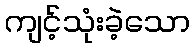
ကျင့်သုံးခဲ့သော